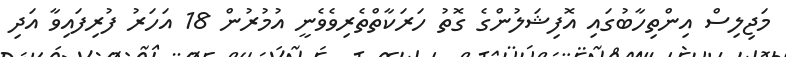
މަޖިލިސް އިންތިހާބުގައި އޮފިޝަލުންގެ ގޮތު ހަރަކާތްތެރިވެވެނީ އުމުރުން 18 އަހަރު ފުރިފައިވާ އަދި